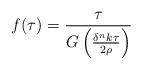
LaTeX: \begin{align*}f(\tau)= \frac {\tau}{G\left( \frac {\delta^nk\tau}{2\rho}\right)}\end{align*}